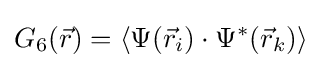
G_{6}({\vec {r}})=\langle \Psi ({\vec {r}}_{i})\cdot \Psi ^{\ast }({\vec {r}}_{k})\rangle